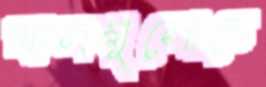
খালগুলোতে